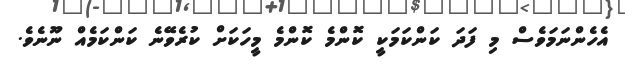
އެހެންނަމަވެސް މި ފަދަ ކަންކަމަކީ ކޮންމެ ކޮންމެ މީހަކަށް ކުރެވޭނެ ކަންކަމެއް ނޫނެވެ.